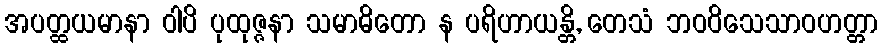
အပတ္ထယမာနာ ဝါပိ ပုထုဇ္ဇနာ သမာဓိတော န ပရိဟာယန္တိ, တေသံ ဘဝဝိသေသာဝဟတ္တာ